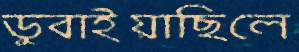
ডুবাইয়াছিলে